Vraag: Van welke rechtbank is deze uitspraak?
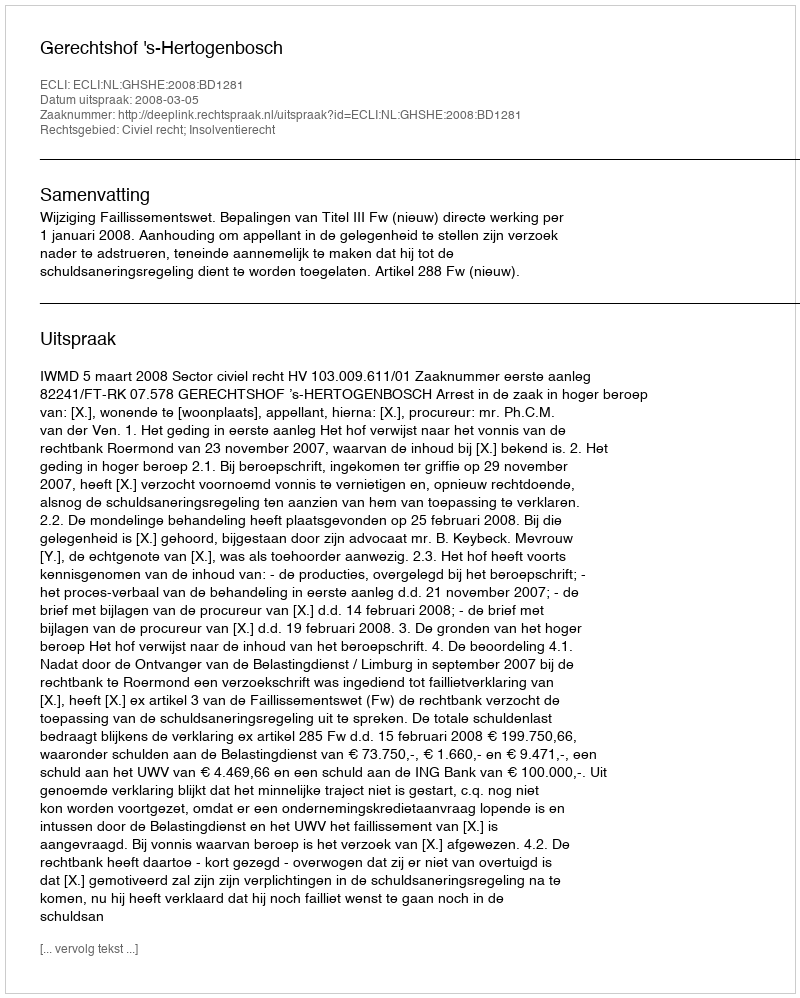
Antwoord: Gerechtshof 's-Hertogenbosch